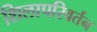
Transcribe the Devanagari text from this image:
शिलापरिवर्तन